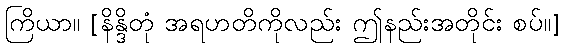
ကြိယာ။ [နိန္ဒိတုံ အရဟတိကိုလည်း ဤနည်းအတိုင်း စပ်။]